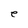
Character: e